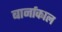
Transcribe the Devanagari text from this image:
बार्नाकाल